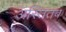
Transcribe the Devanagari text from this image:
अस्तितब